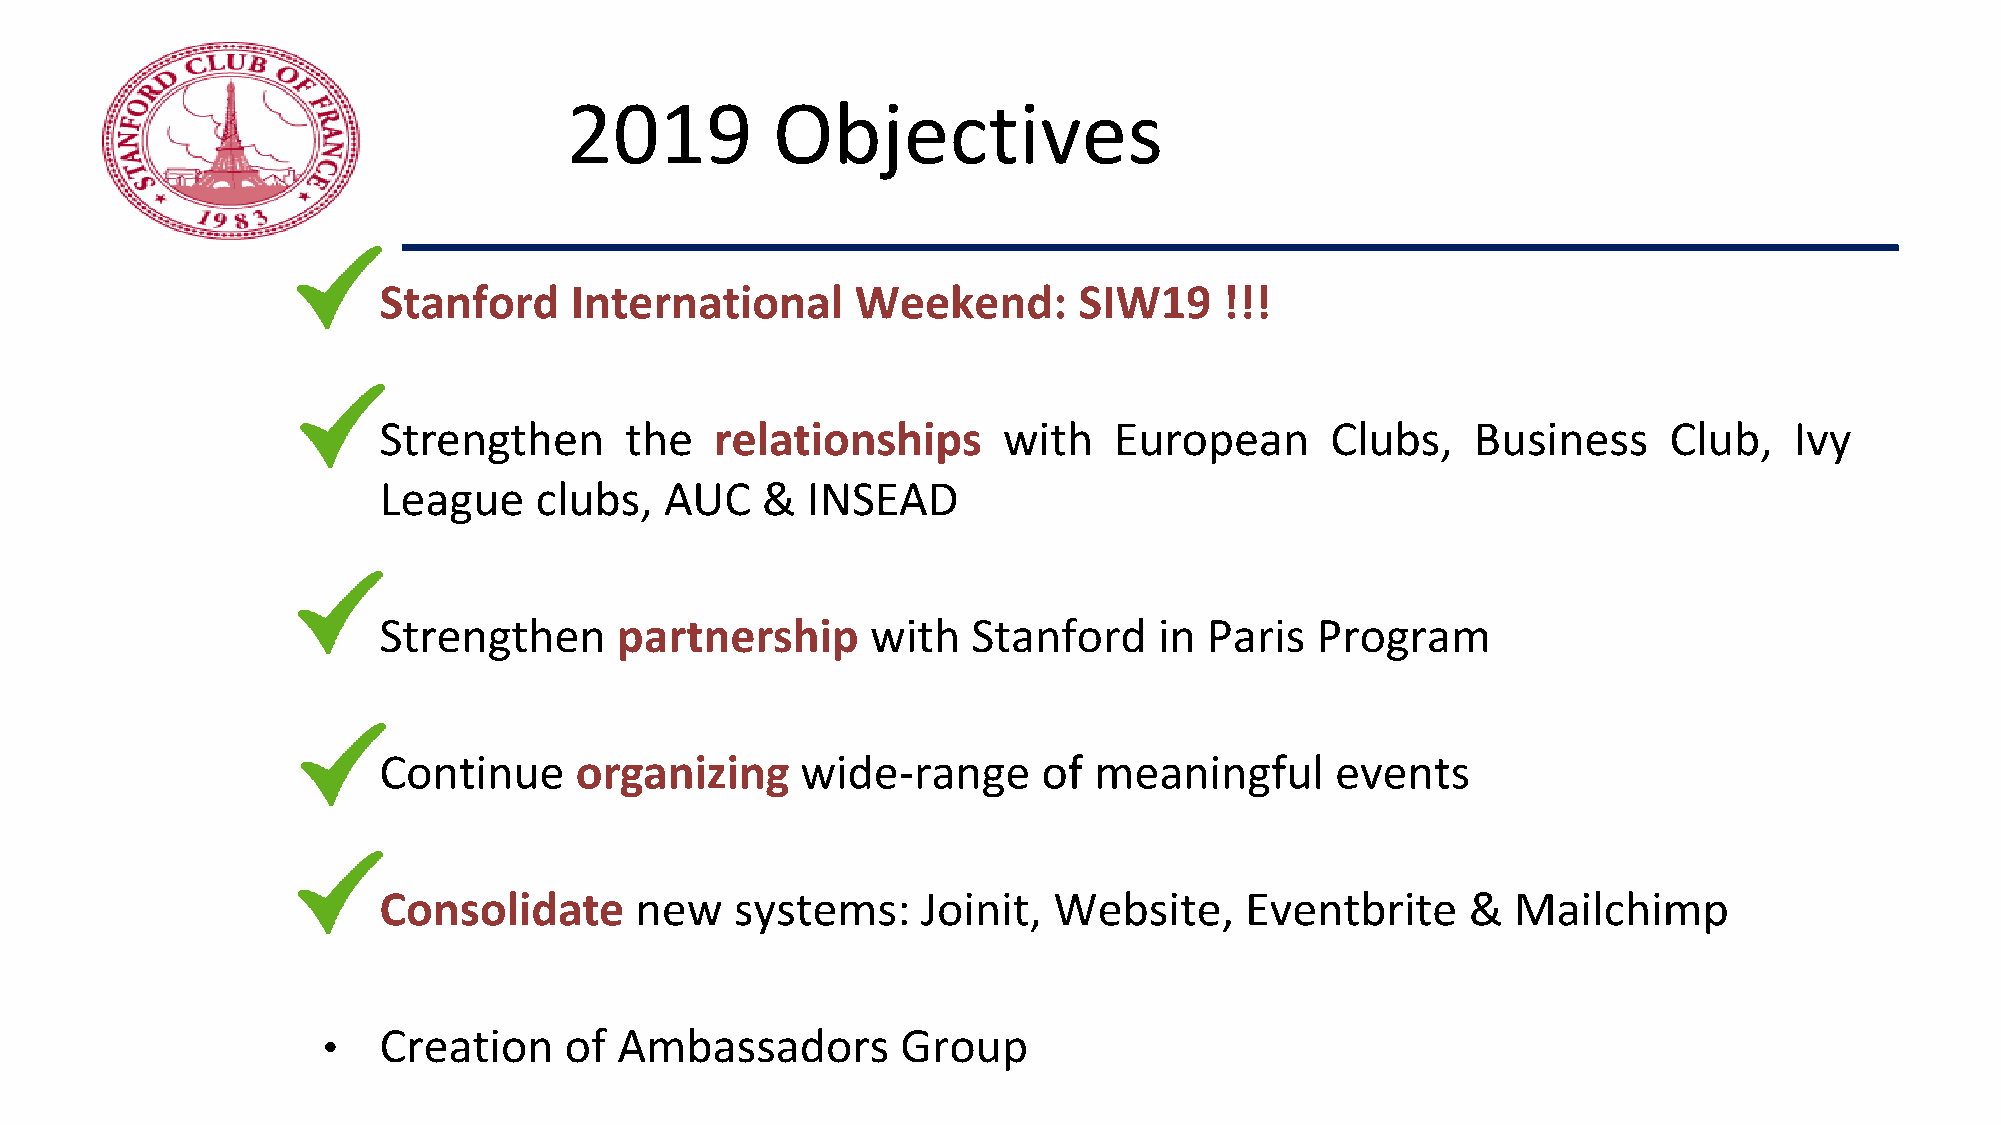
2019          Objectives
 •   Stanford     International      Weekend:      SIW19     !!!
 •   Strengthen      the   relationships      with    European      Clubs,    Business    Club,    Ivy
 League    clubs,   AUC   &  INSEAD
 •   Strengthen      partnership      with  Stanford     in Paris  Program
 •   Continue     organizing     wide-range      of meaningful      events
 •   Consolidate      new    systems:    Joinit,  Website,    Eventbrite     &  Mailchimp
 •   Creation    of  Ambassadors        Group